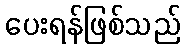
ပေးရန်ဖြစ်သည်